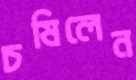
চষিলেন